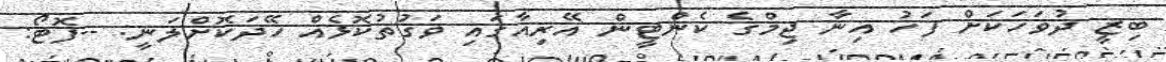
ބިޒީ ދުވަހަކަށް ފަހު އިނާ ޖިމްގެ ކެންޓީން އޭރިއާގައި ވަގުތުކޮޅެއް ހޭދަކޮށްލަނީ. --ފޮޓޯ: